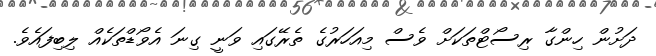
ދަށުން ހިންގާ ރިސޯޓްތަކަށް ވެސް މިއަހަރުގެ ތެރޭގައި ވަނީ ގިނަ އެވޯޑްތަކެއް ލިބިފައެވެ.